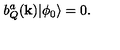
b _ { Q } ^ { a } ( { \bf k } ) | { \phi _ { 0 } } \rangle = 0 .